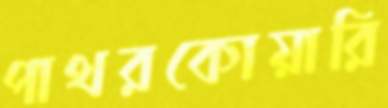
পাথরকোয়ারি